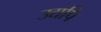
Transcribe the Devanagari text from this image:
उद्यपि